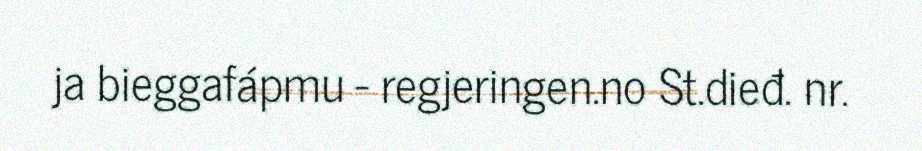
ja bieggafápmu - regjeringen.no St.dieđ. nr.